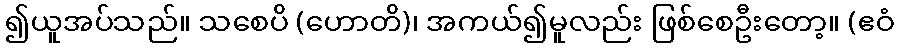
၍ယူအပ်သည်။ သစေပိ (ဟောတိ)၊ အကယ်၍မူလည်း ဖြစ်စေဦးတော့။ (ဧဝံ